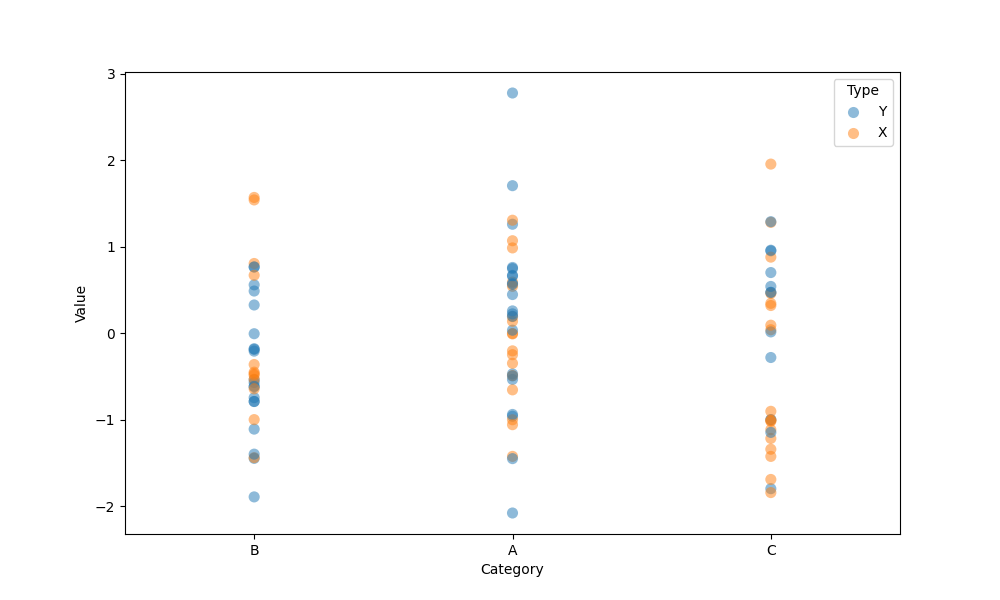
python, seaborn, stripplot, jitter=False, dodge=False, alpha=0.5, size=8